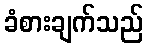
ခံစားချက်သည်